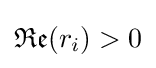
{\mathfrak {Re}}(r_{i})>0